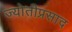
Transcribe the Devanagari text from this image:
ज्योतीप्रसाद